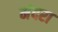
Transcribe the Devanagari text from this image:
मंदरा